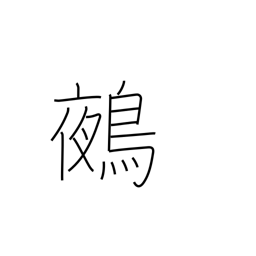
Meaning: chimera